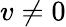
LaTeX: v\neq 0